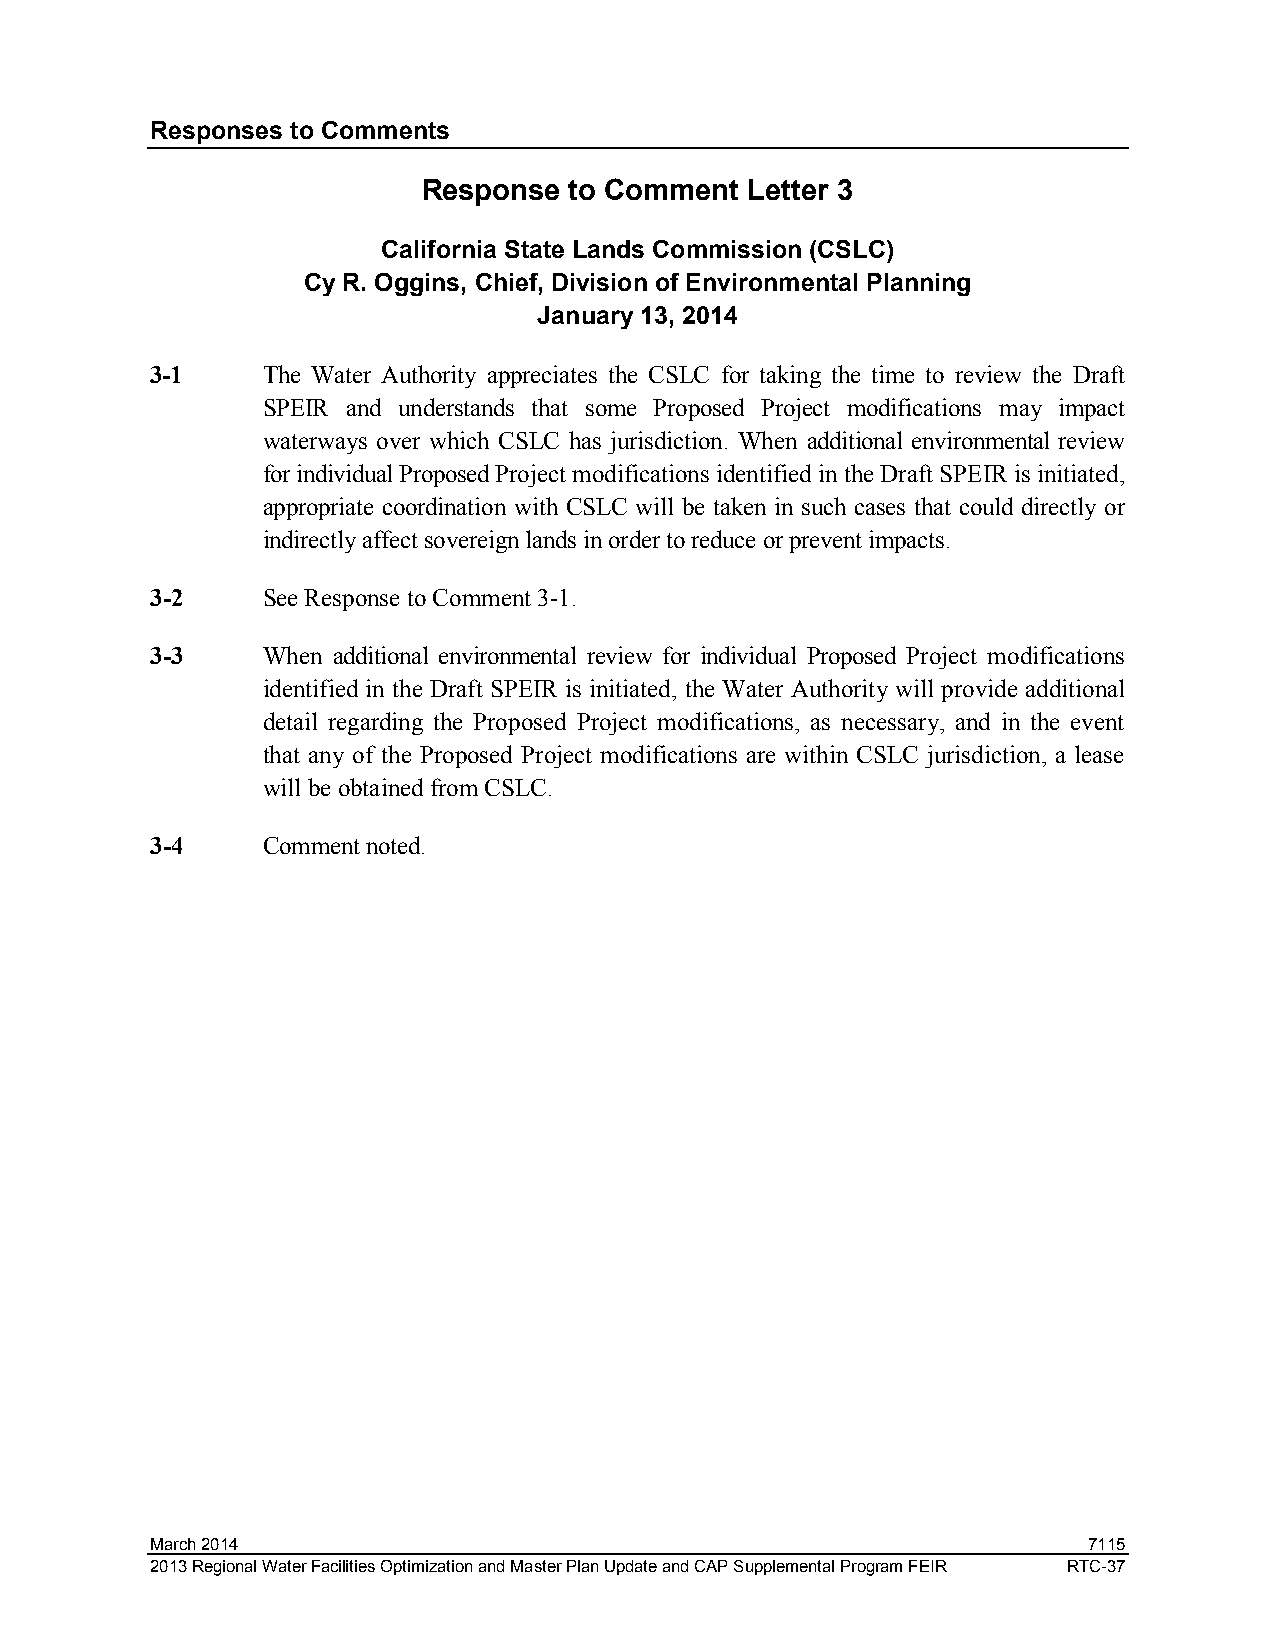
Responses to Comments
 Response  to Comment  Letter 3
 California State Lands Commission (CSLC)
 Cy R. Oggins, Chief, Division of Environmental Planning
 January 13, 2014
 3-1    The Water Authority appreciates the CSLC for taking the time to review the Draft
 SPEIR and understands that some Proposed Project modifications may impact
 waterways over which CSLC has jurisdiction. When additional environmental review
 for individual Proposed Project modifications identified in the Draft SPEIR is initiated,
 appropriate coordination with CSLC will be taken in such cases that could directly or
 indirectly affect sovereign lands in order to reduce or prevent impacts.
 3-2    See Response to Comment 3-1.
 3-3    When additional environmental review for individual Proposed Project modifications
 identified in the Draft SPEIR is initiated, the Water Authority will provide additional
 detail regarding the Proposed Project modifications, as necessary, and in the event
 that any of the Proposed Project modifications are within CSLC jurisdiction, a lease
 will be obtained from CSLC.
 3-4    Comment noted.
 March 2014                                                    7115
 2013 Regional Water Facilities Optimization and Master Plan Update and CAP Supplemental Program FEIR RTC-37